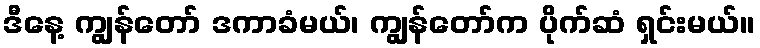
ဒီနေ့ ကျွန်တော် ဒကာခံမယ်၊ ကျွန်တော်က ပိုက်ဆံ ရှင်းမယ်။